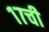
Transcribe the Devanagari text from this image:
१७ची